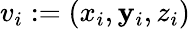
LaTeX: v_{i}:=(x_{i},\mathbf{y}_{i},z_{i})